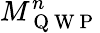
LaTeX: M_{\mathrm{~Q~W~P~}}^{n}